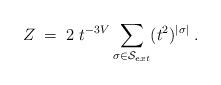
LaTeX: \begin{align*}Z \; = \; 2 \; t^{-3V} \sum_{\sigma \in {\cal S}_{ext} } (t^2)^{|\sigma|} \; .\end{align*}